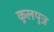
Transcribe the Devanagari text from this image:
कुलपुत्र